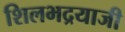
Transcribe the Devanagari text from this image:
शिलभद्रयाजी